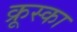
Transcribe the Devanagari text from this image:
क्रूस्का